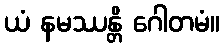
ယံ နမဿန္တိ ဂေါတမံ။